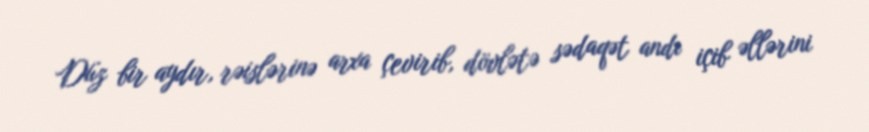
Düz bir aydır, rəislərinə arxa çevirib, dövlətə sədaqət andı içib əllərini